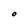
Character: O